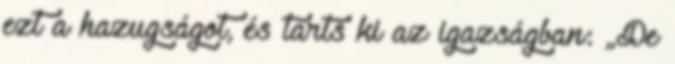
ezt a hazugságot, és tarts ki az igazságban: „De